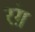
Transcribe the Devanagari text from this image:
रंग़